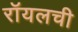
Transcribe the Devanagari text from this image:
रॉयलची